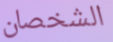
الشخصان